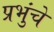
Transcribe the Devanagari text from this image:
प्रभुंचे